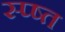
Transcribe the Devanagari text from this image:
स्प्ष्त